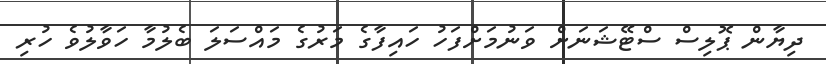
ދިޔާން ޕޮލިސް ސްޓޭޝަނަށް ވަނުމަށްފަހު ހައިފާގެ މަރުގެ މައްސަލަ ބެލުމާ ހަވާލުވެ ހުރި